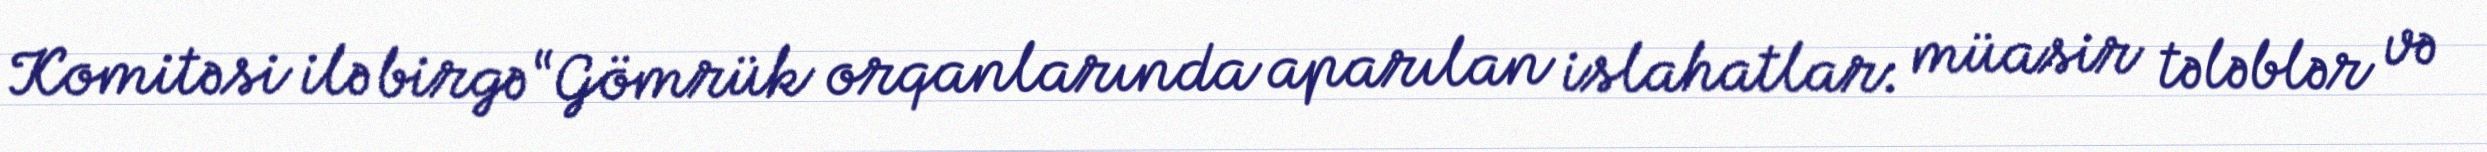
Komitəsi ilə birgə “Gömrük orqanlarında aparılan islahatlar: müasir tələblər və